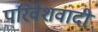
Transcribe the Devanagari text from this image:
परिवेशवादी